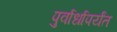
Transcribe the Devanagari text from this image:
पुर्वार्धापर्यंत